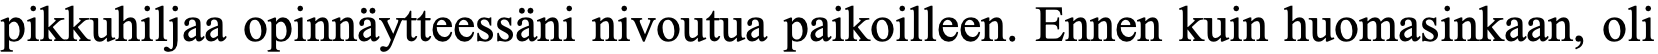
pikkuhiljaa opinnäytteessäni nivoutua paikoilleen. Ennen kuin huomasinkaan, oli